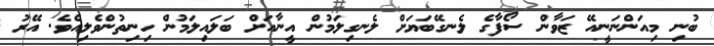
ބުނި މިއަންނަނީއޭ ޒަވާން ސޯފާގެ ލެނގޭބަޔަށް ލެނގިލަމުން އީނާއަށް ބަލައިލަމުން ހިނިތުންވެލިއެވެ. އޭރު